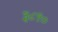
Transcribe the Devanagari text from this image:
३८९०